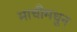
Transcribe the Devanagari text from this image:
माचीमधून